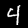
Label: 4